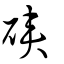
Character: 硤